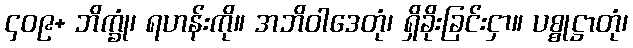
၄၀၉+ ဘိက္ခုံ၊ ရဟန်းကို။ အဘိဝါဒေတုံ၊ ရှိခိုးခြင်းငှာ။ ပစ္စုဋ္ဌာတုံ၊